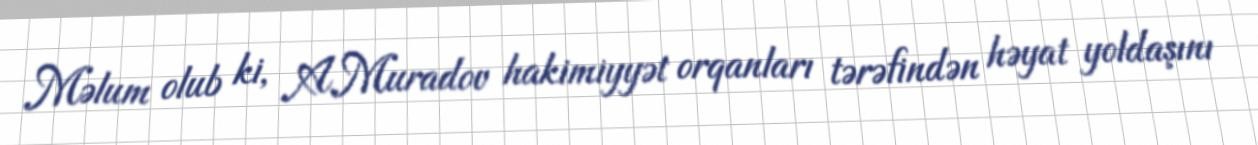
Məlum olub ki, A.Muradov hakimiyyət orqanları tərəfindən həyat yoldaşını